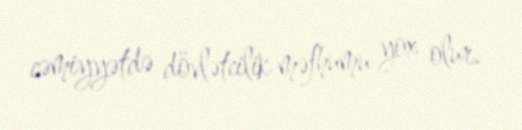
cəmiyyətdə dövlətcilik məfhumu yox olur.